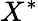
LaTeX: X^{*}